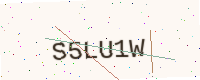
Text: S5LU1W